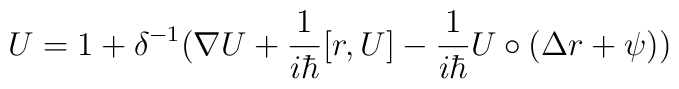
U=1+\delta ^{-1}(\nabla U+\frac 1{i\hbar }[r,U]-\frac 1{i\hbar }U\circ(\Delta r+\psi ))